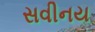
સવીનય